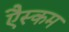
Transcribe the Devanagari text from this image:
एैस्कम